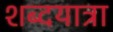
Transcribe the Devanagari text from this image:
शब्दयात्रा